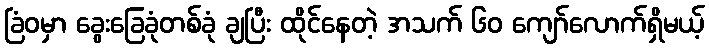
ခြံဝမှာ ခွေးခြေခုံတစ်ခုံ ချပြီး ထိုင်နေတဲ့ အသက် ၆၀ ကျော်လောက်ရှိမယ့်